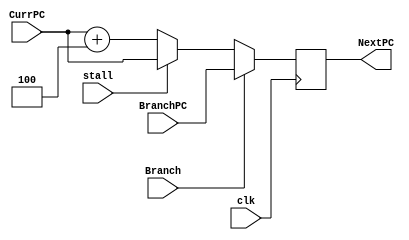
// PC
// CurrPC should be the PC that goes into SRAM, not PC+4
// stall will come from the control in the ID stage, should be able to be connected to "kill_next_instruction"
module PC (clk, CurrPC, Branch, BranchPC, stall, NextPC);
   parameter data_file = "data/fib.dat";
   input clk, Branch, stall;
   input [31:0]  CurrPC, BranchPC;
   output [31:0] NextPC;
   reg [31:0] 	 nextPc;
   initial begin
      if (data_file == "data/quicksort.dat") begin
         nextPc = 32'h00001000;
      end
      else begin
         nextPc = 32'h00000000;
      end
   end
   assign NextPC = nextPc;
   always @(negedge clk) begin
      if (Branch == 1) begin 
	 nextPc <= BranchPC;
      end
      else if (stall == 1) begin
	 nextPc <= CurrPC;
      end
      else begin
	 nextPc <= CurrPC + 4;
      end
   end // always @ (negedge clk)
endmodule